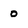
Character: o